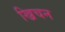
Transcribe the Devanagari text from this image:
ख्रिचन